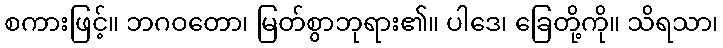
စကားဖြင့်။ ဘဂဝတော၊ မြတ်စွာဘုရား၏။ ပါဒေ၊ ခြေတို့ကို။ သိရသာ၊